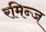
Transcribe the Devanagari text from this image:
रमिन्ज